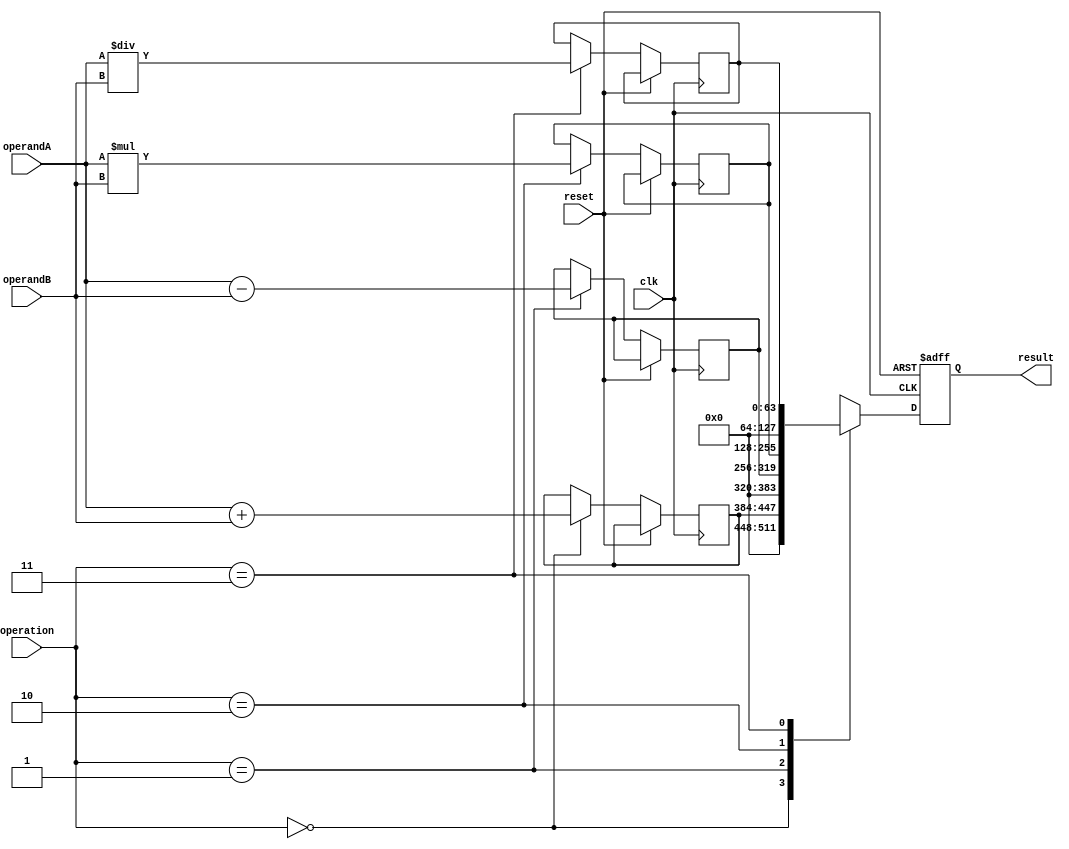
module extended_precision_fpu (
    input wire clk,
    input wire reset,
    input wire [63:0] operandA,
    input wire [63:0] operandB,
    input wire [1:0] operation, // 00: addition, 01: subtraction, 10: multiplication, 11: division
    output reg [127:0] result
);

reg [63:0] add_result;
reg [127:0] multiplication_result;
reg [63:0] subtract_result;
reg [63:0] division_result;

always @(posedge clk or posedge reset) begin
    if (reset) begin
        result <= 128'b0;
    end else begin
        case(operation)
            2'b00: begin // Addition
                add_result <= operandA + operandB;
                result <= {64'b0, add_result};
            end

            2'b01: begin // Subtraction
                subtract_result <= operandA - operandB;
                result <= {64'b0, subtract_result};
            end

            2'b10: begin // Multiplication
                multiplication_result <= operandA * operandB;
                result <= multiplication_result;
            end

            2'b11: begin // Division
                division_result <= operandA / operandB;
                result <= {64'b0, division_result};
            end

            default: result <= 128'b0;
        endcase
    end
end

endmodule